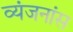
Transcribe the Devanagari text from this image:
व्यंजनांस